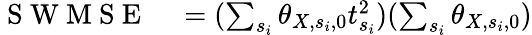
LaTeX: \begin{array}{rl}{\mathrm{~S~W~M~S~E~}}&{{}=(\sum_{s_{i}}\theta_{X,s_{i},0}t_{s_{i}}^{2})(\sum_{s_{i}}\theta_{X,s_{i},0})}\end{array}